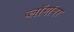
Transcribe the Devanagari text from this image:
ब्लॉगांवर